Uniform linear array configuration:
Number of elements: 64
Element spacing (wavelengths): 0.25
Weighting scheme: uniform
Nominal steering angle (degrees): -60
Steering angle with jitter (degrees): -59.795
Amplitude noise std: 0.05
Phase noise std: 0.05

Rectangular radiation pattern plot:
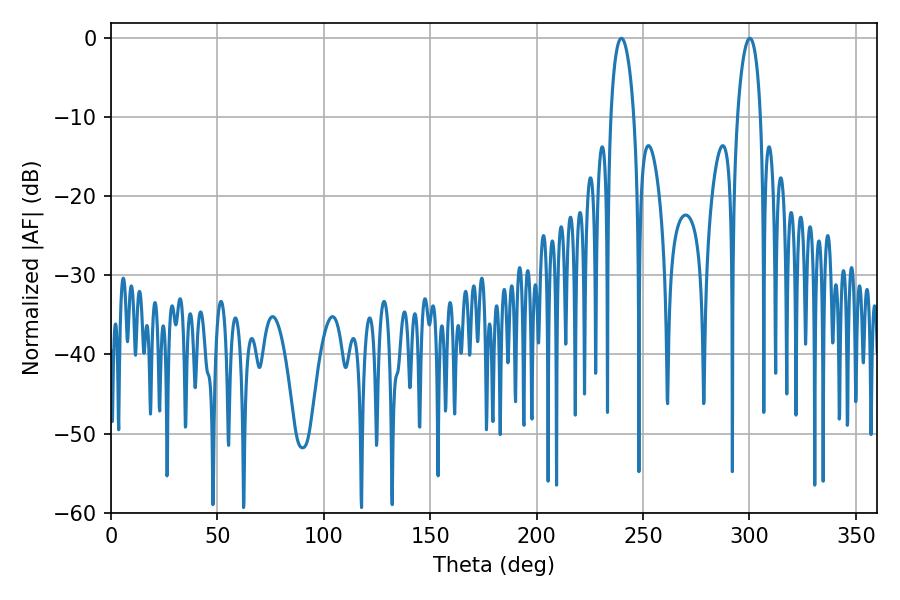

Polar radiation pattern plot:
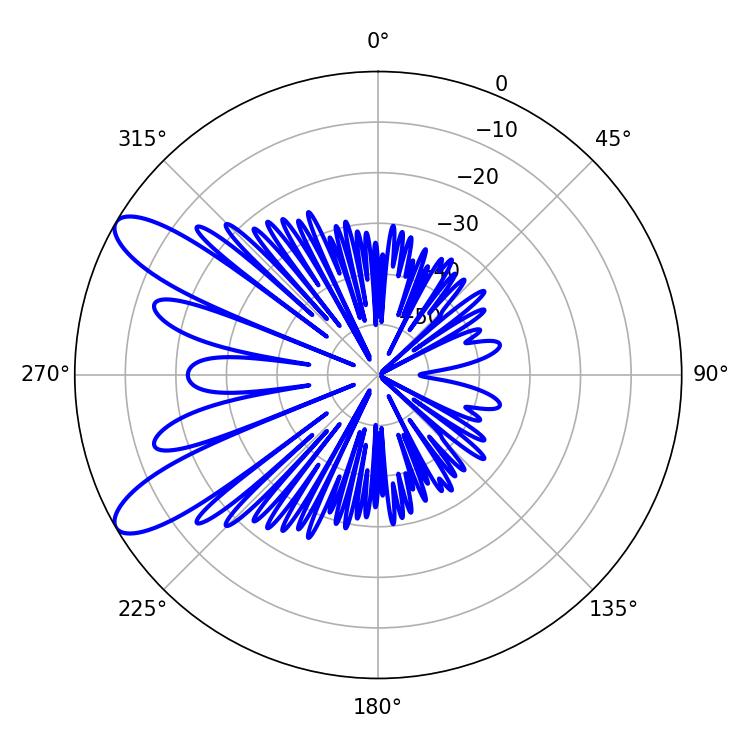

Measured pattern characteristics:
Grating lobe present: FALSE
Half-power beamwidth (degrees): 6.12
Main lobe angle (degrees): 300.24